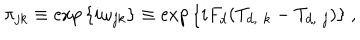
LaTeX: \pi _ { j k } \equiv \exp { \{ i \omega _ { j k } \} } \equiv \exp { \{ i F _ { d } ( T _ { d , \, \, k } - T _ { d , \, \, j } ) \} } \ ,